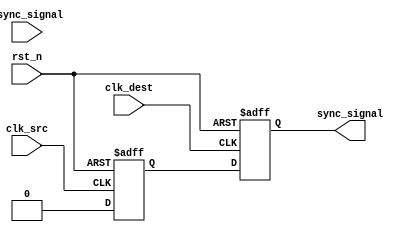
module pulsed_synchronizer (
    input wire async_signal,      // Asynchronous input signal
    input wire clk_src,          // Source clock
    input wire clk_dest,         // Destination clock
    input wire rst_n,            // Asynchronous active-low reset
    output reg sync_signal        // Synchronized output signal
);

    // Internal signals
    reg async_signal_ff;          // First flip-flop output
    reg pulse;                    // Pulse signal

    // First stage: Sample async_signal on clk_src
    always @(posedge clk_src or negedge rst_n) begin
        if (!rst_n) begin
            async_signal_ff <= 1'b0;
        end else begin
            async_signal_ff <= async_signal;
        end
    end

    // Pulse generation logic
    always @(posedge clk_src or negedge rst_n) begin
        if (!rst_n) begin
            pulse <= 1'b0;
        end else begin
            pulse <= async_signal_ff && !async_signal_ff; // Generate pulse on rising edge
        end
    end

    // Second stage: Sample pulse on clk_dest
    always @(posedge clk_dest or negedge rst_n) begin
        if (!rst_n) begin
            sync_signal <= 1'b0;
        end else begin
            sync_signal <= pulse; // Capture the pulse in the destination clock domain
        end
    end

endmodule